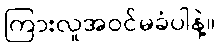
ကြားလူအဝင်မခံပါနဲ့။